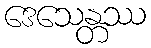
ဒေသေန္တဿ